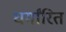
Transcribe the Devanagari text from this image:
धर्मांरित